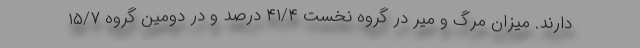
دارند. میزان مرگ و میر در گروه نخست ۴۱/۴ درصد و در دومین گروه ۱۵/۷